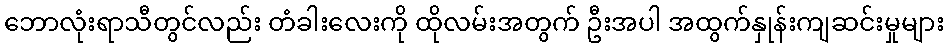
ဘောလုံးရာသီတွင်လည်း တံခါးလေးကို ထိုလမ်းအတွက် ဦးအပါ အထွက်နှုန်းကျဆင်းမှုများ